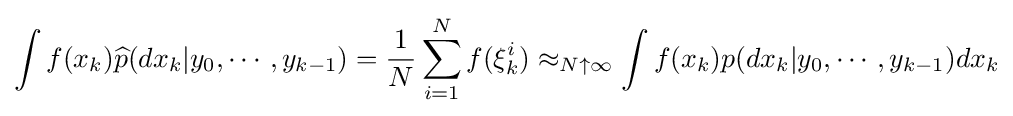
\int f(x_{k}){\widehat {p}}(dx_{k}|y_{0},\cdots ,y_{k-1})={\frac {1}{N}}\sum _{i=1}^{N}f(\xi _{k}^{i})\approx _{N\uparrow \infty }\int f(x_{k})p(dx_{k}|y_{0},\cdots ,y_{k-1})dx_{k}